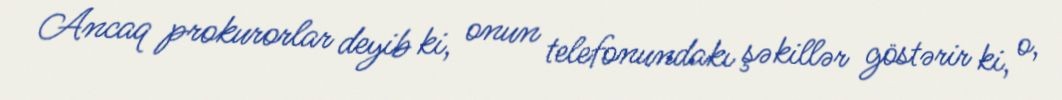
Ancaq prokurorlar deyib ki, onun telefonundakı şəkillər göstərir ki, o,